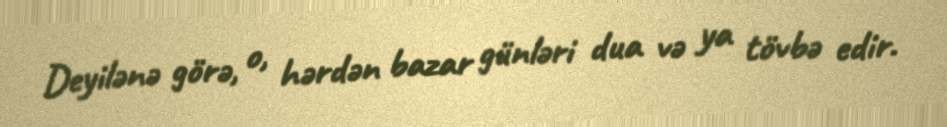
Deyilənə görə, o, hərdən bazar günləri dua və ya tövbə edir.